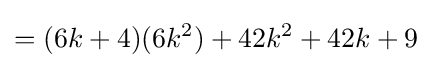
=(6k+4)(6k^{2})+42k^{2}+42k+9